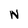
Character: N